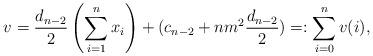
LaTeX: \begin{align*}v=\frac{d_{n-2}}{2} \left(\sum_{i=1}^n x_i\right)+ (c_{n-2}+n m^2\frac{d_{n-2}}{2})=:\sum_{i=0}^n v(i),\end{align*}